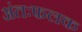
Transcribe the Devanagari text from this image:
अंतःफलक